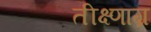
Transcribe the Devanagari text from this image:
तीक्ष्णाग्र